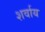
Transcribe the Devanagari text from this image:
शर्वाय